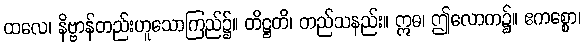
ထလေ၊ နိဗ္ဗာန်တည်းဟူသောကြည်၌။ တိဋ္ဌတိ၊ တည်သနည်း။ ဣဓ၊ ဤလောက၌။ ဧကစ္စော၊